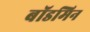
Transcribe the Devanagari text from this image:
बॉडमिन